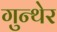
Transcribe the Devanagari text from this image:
गुन्थेर